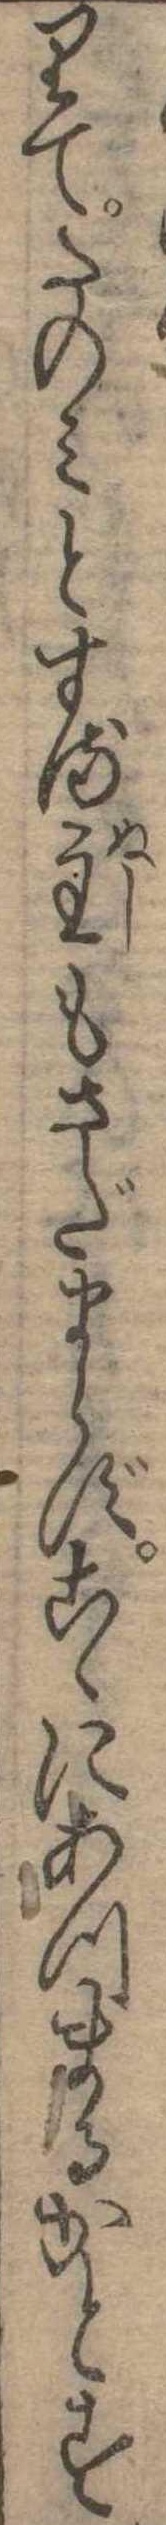
りてたのみとする主もさだまらずこゝにあつまるかとす